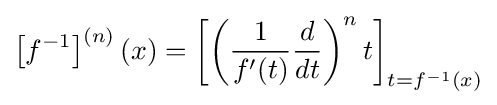
\left[f^{-1}\right]^{(n)}(x)=\left[\left({\frac {1}{f'(t)}}{\frac {d}{dt}}\right)^{n}t\right]_{t=f^{-1}(x)}